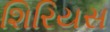
શિરિયસ